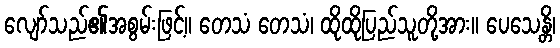
လျော်သည်၏အစွမ်းဖြင့်။ တေသံ တေသံ၊ ထိုထိုပြည်သူတို့အား။ ပေသေန္တိ၊